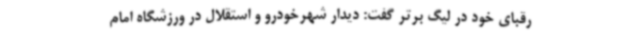
رقبای خود در لیگ برتر گفت: دیدار شهرخودرو و استقلال در ورزشگاه امام